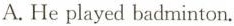
A. He played badminton.